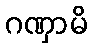
ဂဏှာမိ